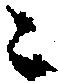
々